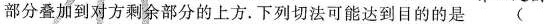
部分叠加到对方剩余部分的上方。下列切法可能达到目的的是( )